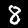
Digit: 8